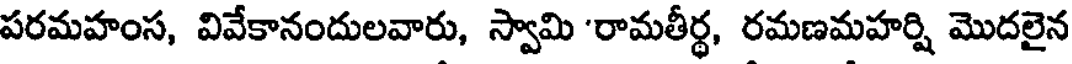
పరమహంస, వివేకానందులవారు, స్వామి 'రామతీర్థ, రమణమహర్షి మొదలైన